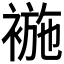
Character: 𧛖